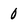
Character: 0